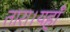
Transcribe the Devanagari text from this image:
तारा।यहाँ